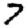
Digit: 7